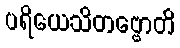
ပရိယေသိတဗ္ဗောတိ